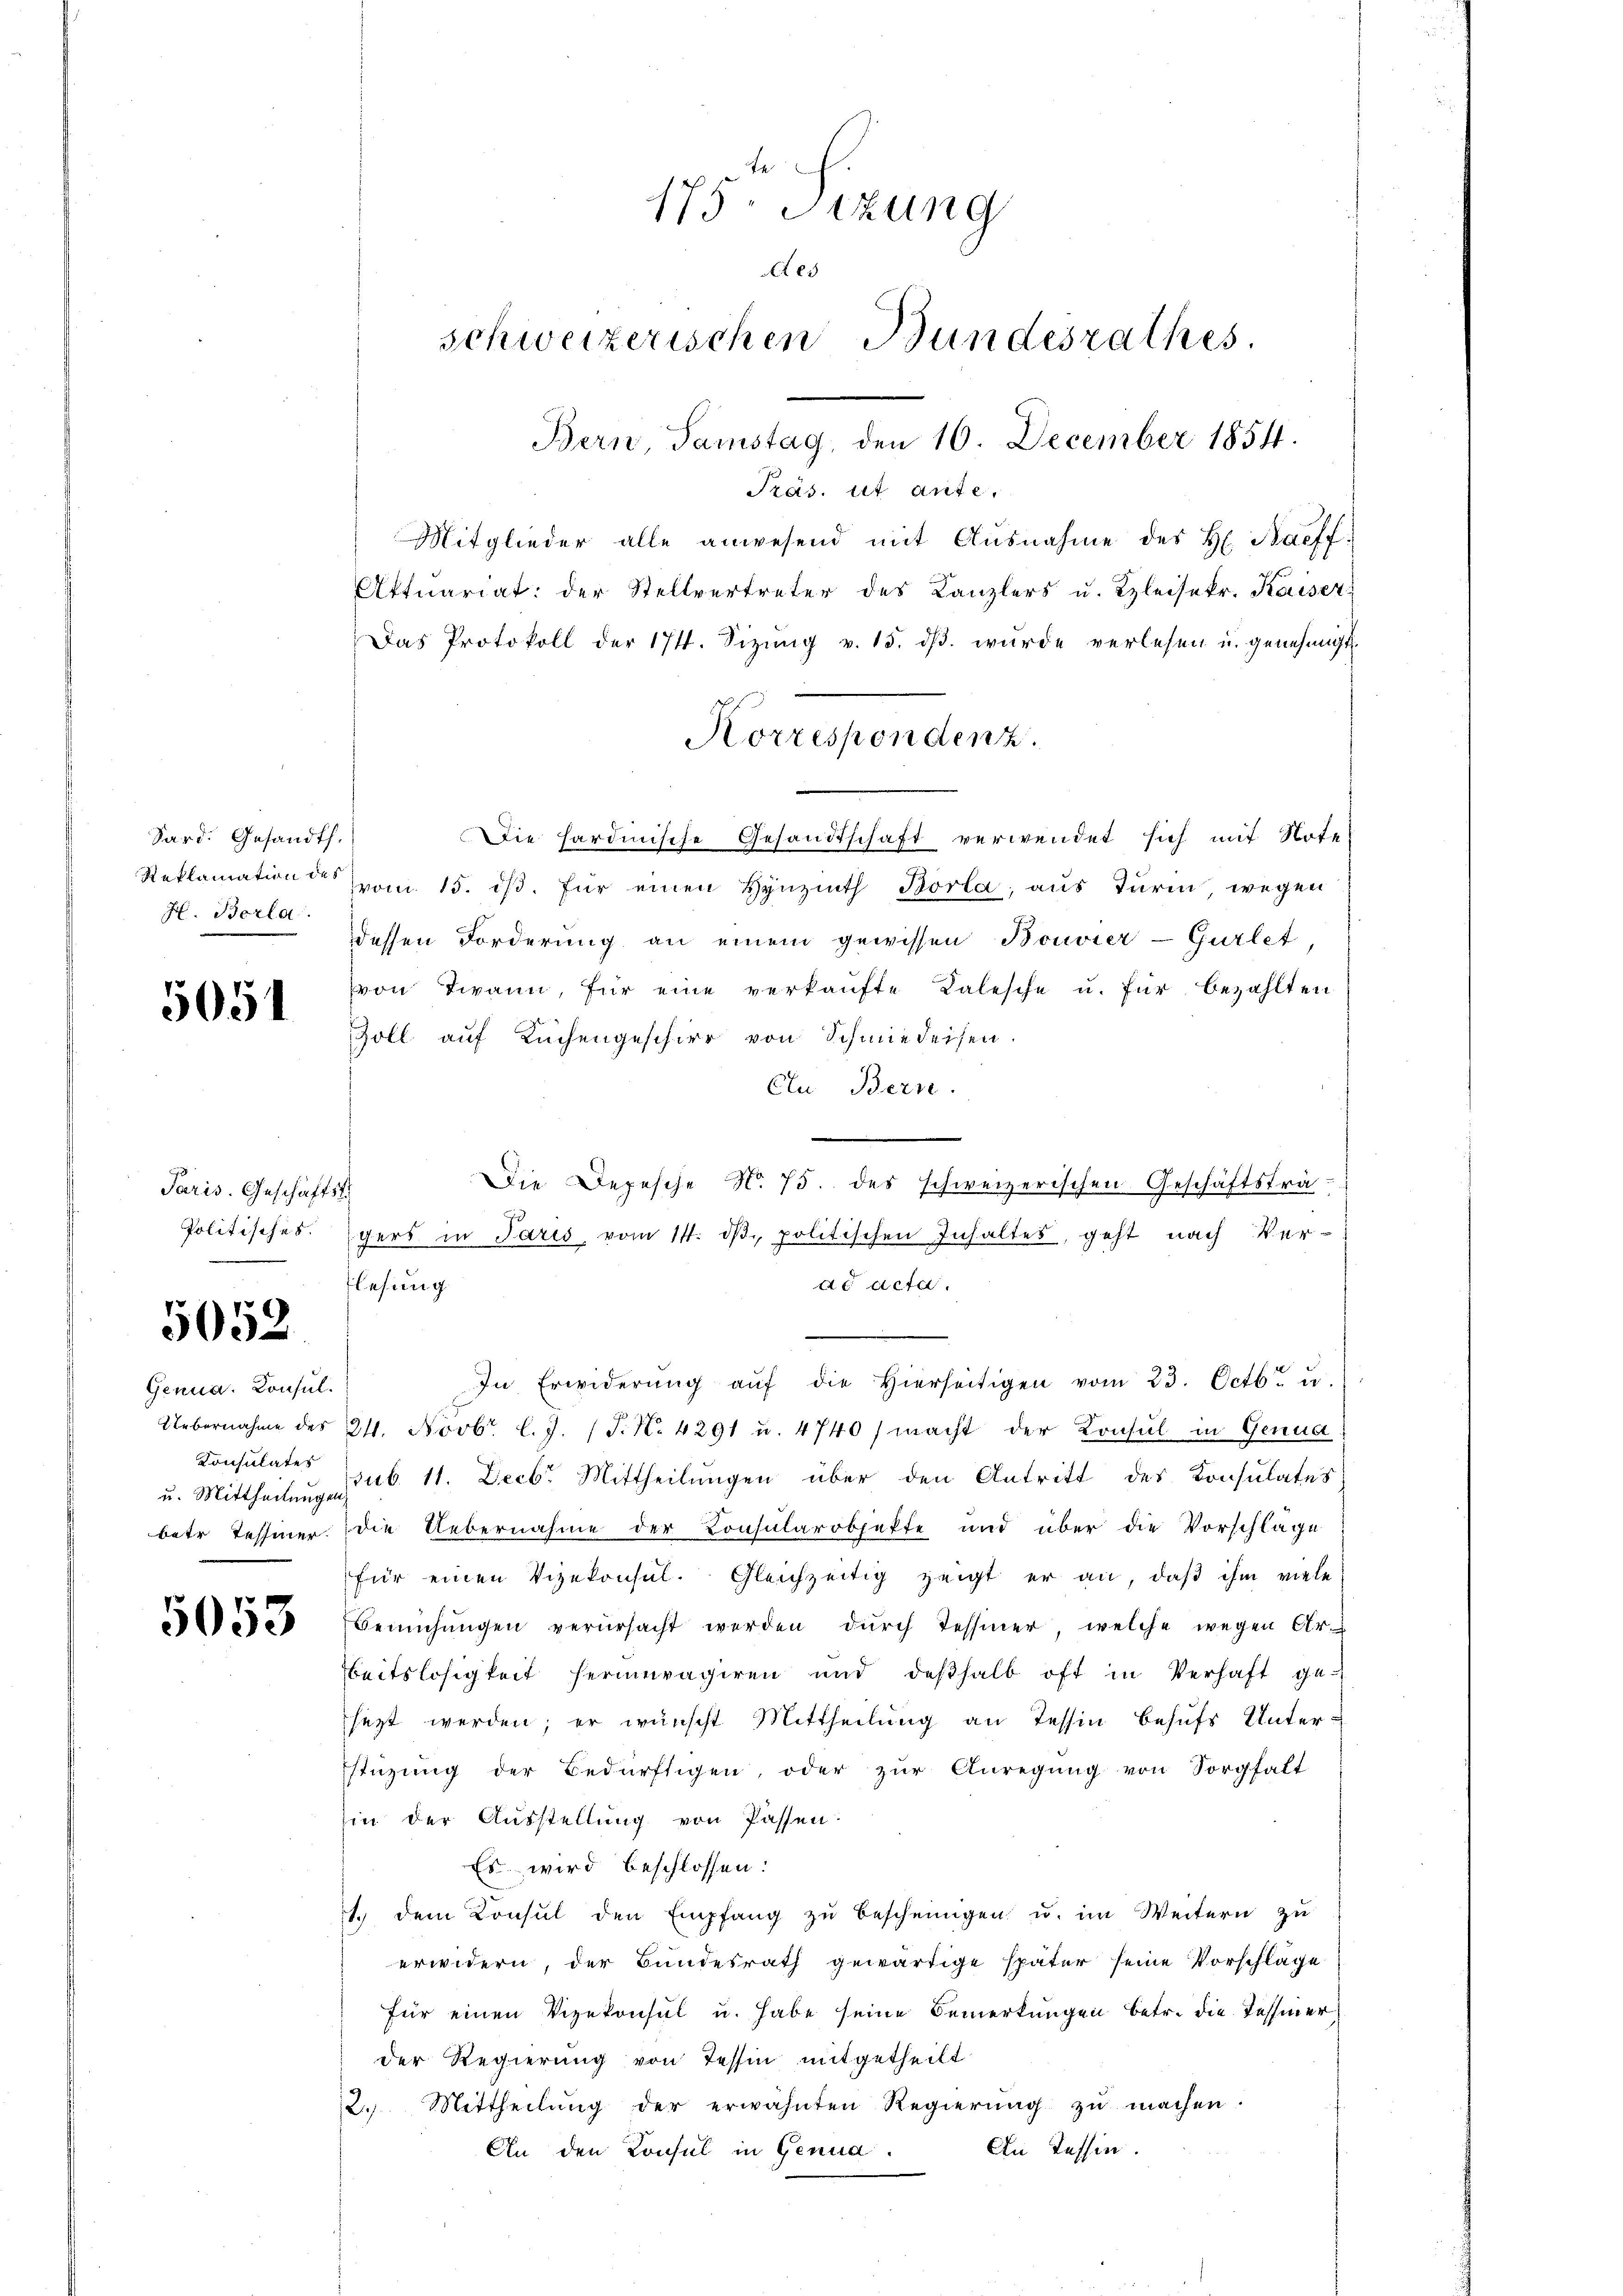
Sard. Gesandts.
H. Berla

5051

Paris. Geschäftst

5052

Genua, Konsul.
u. Mittheilungen

175. Sizung
es
schweizerischen Bundesrathes.
Bern, Samstag, den 10. December 1854.

Präs. ist aute.
Mitglieder alle anwesend mit Ausnahme des H. Baeff
Aftnariat der Stellvertreter des Canzlers u. Bleisekr. Kaiser
Das Protokoll der 174. Sizŭng v. 15. dβ wŭrde verlesen u. genehmigt.
Die hardinische Gesandtschaft verwendet sich mit Note
Reklamation des vom 15. ist. Für einen Hynziath Borla, aus Turin, wegen
dessen Forderung an einem gewissen Bouvier-Gurlet,
von Twann, für eine verkaŭfte Talesche u. für bezahlten
Zoll auf Büchengeschirr von Schmiedeisen.
Clu Bern.
.
Die Depesche N. 75. des schweizerischen Geschäftsträ-
Politisches. Egers in Paris vom 14. dβ. politischen Inhaltes, geht nach Ver-
lesung
de acta.
In Erwiderŭng aŭf die hierseitigen vom 23. Octbr. u.
Uebernahme des 21. Novbr. l. J. (T. N. 4291 u. 4740) macht der Konsul in Genua
Consulates sub. 11. Decbr. Mittheilŭngen über den Antritt des Consulates
betr. Tessiner die Uebernahme der Consularobjekte und über die Vorschläge
für einen Vizekonsŭl. Gleichzeitig zeigt er an, daβ ihm viele
da Bemühungen verursacht werden durch Tessiner, welche wegen Arbeitslosigkeit herumvagiren und deßhalb oft in Verhaft ge-
sezt werden; er wünscht Mittheilŭng an Tessin behŭfs Unterstüzung der Bedürftigen, oder zŭr Anregŭng von Sorgfalt
Ein der Ausstellung von Passen:
Es wird beschlossen:
 dem Konsul den Empfang zŭ bescheinigen u. im Weitern zŭ
erwidern, der Bundesrath gewärtige später seine Vorschläge
für einen Vizekonsul u. habe seine Bemerkungen betr. die Tessiner
der Regierung von Tessin mitgetheilt
2. Mittheilŭng der erwähnten Regierŭng zŭ machen.
An Tessin.
An den Konsul in Genua

Korrespondenz.